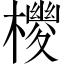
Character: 𪴉